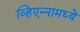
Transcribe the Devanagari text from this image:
व्हिएन्नामध्ये